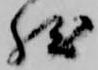
然